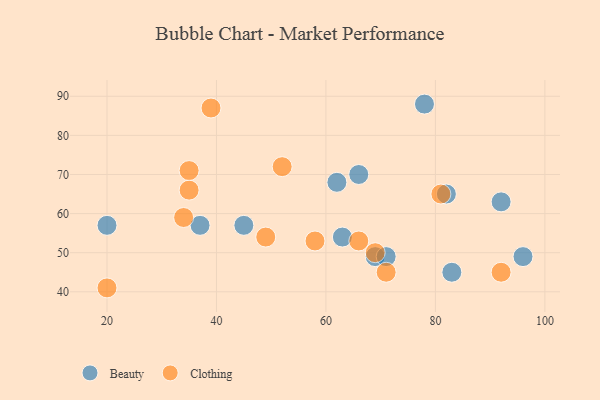
{"axis": {"x": "GDP", "y": "Life Expectancy"}, "legend": ["Beauty", "Clothing"], "data": [{"x": "66", "y": 70, "type": "Beauty"}, {"x": "69", "y": 49, "type": "Beauty"}, {"x": "20", "y": 57, "type": "Beauty"}, {"x": "83", "y": 45, "type": "Beauty"}, {"x": "96", "y": 49, "type": "Beauty"}, {"x": "92", "y": 63, "type": "Beauty"}, {"x": "45", "y": 57, "type": "Beauty"}, {"x": "37", "y": 57, "type": "Beauty"}, {"x": "63", "y": 54, "type": "Beauty"}, {"x": "78", "y": 88, "type": "Beauty"}, {"x": "82", "y": 65, "type": "Beauty"}, {"x": "71", "y": 49, "type": "Beauty"}, {"x": "62", "y": 68, "type": "Beauty"}, {"x": "20", "y": 41, "type": "Clothing"}, {"x": "35", "y": 71, "type": "Clothing"}, {"x": "39", "y": 87, "type": "Clothing"}, {"x": "66", "y": 53, "type": "Clothing"}, {"x": "71", "y": 45, "type": "Clothing"}, {"x": "92", "y": 45, "type": "Clothing"}, {"x": "49", "y": 54, "type": "Clothing"}, {"x": "58", "y": 53, "type": "Clothing"}, {"x": "69", "y": 50, "type": "Clothing"}, {"x": "52", "y": 72, "type": "Clothing"}, {"x": "34", "y": 59, "type": "Clothing"}, {"x": "81", "y": 65, "type": "Clothing"}, {"x": "35", "y": 66, "type": "Clothing"}]}